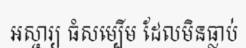
អស្ចារ្យ ធំសម្បើម ដែលមិនធ្លាប់